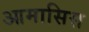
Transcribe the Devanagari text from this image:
आमासिस